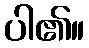
ပါ၏။